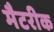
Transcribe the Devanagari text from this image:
मैटरीक